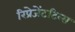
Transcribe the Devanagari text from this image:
रिप्रेजेंटटिव्स